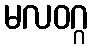
မလဝဂ္ဂ